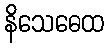
နိသေဓေထ